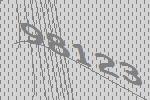
98123